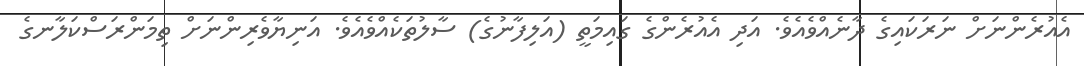
އެއުރެންނަށް ނަރަކައިގެ ދާނެއްވެއެވެ. އަދި އެއުރެންގެ ގައިމަތީ (އަލިފާނުގެ) ސާލުތަކެއްވެއެވެ. އަނިޔާވެރިންނަށް ތިމަންރަސްކަލާނގެ